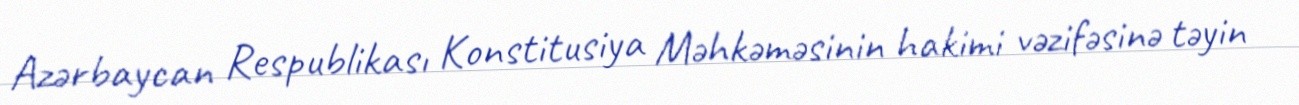
Azərbaycan Respublikası Konstitusiya Məhkəməsinin hakimi vəzifəsinə təyin